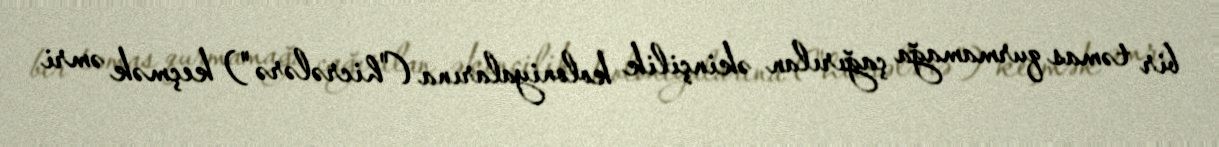
bir təmas qurmamağa çağırılan əkinçilik koloniyalarına ("hicrələrə") keçmək əmri